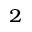
_ 2